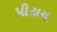
પીટાય